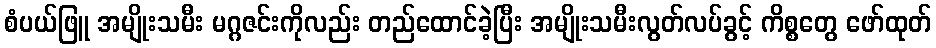
စံပယ်ဖြူ အမျိုးသမီး မဂ္ဂဇင်းကိုလည်း တည်ထောင်ခဲ့ပြီး အမျိုးသမီးလွတ်လပ်ခွင့် ကိစ္စတွေ ဖော်ထုတ်